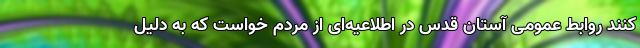
کنند روابط عمومی آستان قدس در اطلاعیه‌ای از مردم خواست که به دلیل